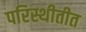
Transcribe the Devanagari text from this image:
परिस्थीतीत